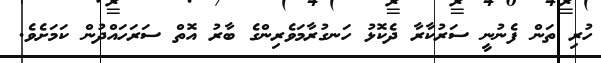
ހުރި ތަން ފެނުނީ ސަރުކާރާ ދެކޮޅު ހަނގުރާމަވެރިންގެ ބާރު އޮތް ސަރަހައްދުން ކަމަށެވެ.